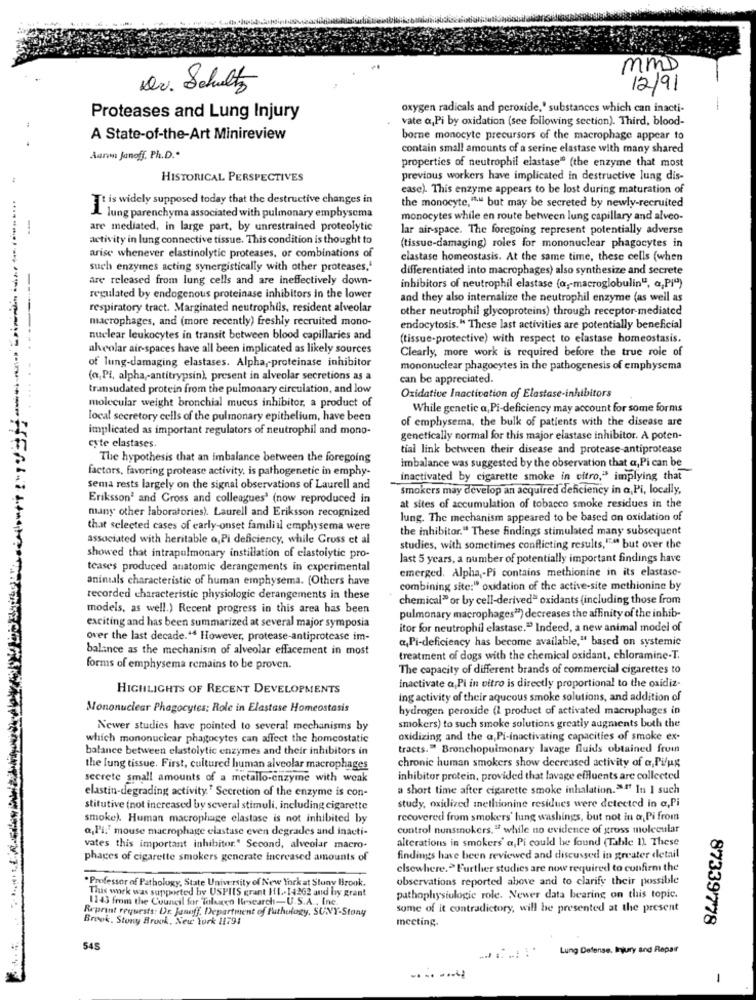
MmD
Dr. Schultz
12/91
-
oxygen radicals and peroxide,' substances which can inacti-
Proteases and Lung Injury
vate a,Pi by oxidation (see following section). Third, blood-
A State-of-the-Art Minireview
borne monocyte precursors of the macrophage appear to
contain small amounts of a serine elastase with many shared
Aaron Janoff, Ph.D."
properties of neutrophil elastase" (the enzyme that most
HISTORICAL PERSPECTIVES
previous workers have implicated in destructive lung dis-
ease). This enzyme appears to be lost during maturation of
Tt is widely supposed today that the destructive changes in
the monocyte,"." but may be secreted by newly-recruited
A lung parenchyma associated with pulmonary emphysema
monocytes while en route between lung capillary and alveo-
are mediated, in large part, by unrestrained proteolytic
lar air-space. The foregoing represent potentially adverse
activity in lung connective tissue. This condition is thought to
(tissue-damaging) roles for mononuclear phagocytes in
arise whenever elastinolytic proteases, or combinations of
elastase homeostasis. At the same time, these cells (when
such enzymes acting synergistically with other proteases,"
differentiated into macrophages) also synthesize and secrete
are released from lung cells and are ineffectively down-
inhibitors of neutrophil elastase (a, macroglobulin", a,PI")
regulated by endogenous proteinase inhibitors in the lower
and they also internalize the neutrophil enzyme (as well as
respiratory tract. Marginated neutrophils, resident alveolar
other neutrophil glycoproteins) through receptor-mediated
macrophages, and (more recently) freshly recruited mono-
endocytosis." These last activities are potentially beneficial
nuclear leukocytes in transit between blood capillaries and
(tissue-protective) with respect to elastase homeostasis.
alveolar air-spaces have all been implicated as likely sources
Clearly, more work is required before the true role of
of lung-damaging elastases. Alpha, proteinase inhibitor
mononuclear phagocytes in the pathogenesis of emphysema
(a, Pi, alpha-antitrypsin), present in alveolar secretions as a
can be appreciated.
transudated protein from the pulmonary circulation, and low
Oxidative Inactivation of Elastase-inhibitors
molecular weight bronchial mucus inhibitor, a product of
While genetic a, Pi-deficiency may account for some forms
local secretory cells of the pulmonary epithelium, have been
of emphysema, the bulk of patients with the disease are
implicated as important regulators of neutrophil and mono-
genetically normal for this major elastase inhibitor. A poten-
cyte elastases.
tial link between their disease and protease-antiprotease
The hypothesis that an imbalance between the foregoing
imbalance was suggested by the observation that a, Pi can be
factors, favoring protease activity, is pathogenetic in emphy-
inactivated by cigarette smoke in citro,"s implying that
sema rests largely on the signal observations of Laurell and
Smokers may develop an acquired deficiency in a,Pi, locally,
Erikssonª and Cross and colleagues' (now reproduced in
many other laboratories). Laurell and Eriksson recognized
at sites of accumulation of tobacco smoke residues in the
lung. The mechanism appeared to be based on oxidation of
that selected cases of early-onset familial emphysema were
the inhibitor." These findings stimulated many subsequent
associated with heritable a, Pi deficiency, while Gruss et al
studies, with sometimes conflicting results,"" but over the
showed that intrapulmonary instillation of elastolytic pro-
last 5 years, a number of potentially important findings have
teases produced anatomic derangements in experimental
anintals characteristic of human emphysema. (Others have
emerged. Alpha ,- Pi contains methionine in its elastase-
combining site:" oxidation of the active-site methionine by
recorded characteristic physiologic derangements in these
chemical" or by cell-derived" oxidants (including those from
models, as well.) Recent progress in this area has been
pulmonary macrophages") decreases the affinity of the inhib-
exciting and has been summarized at several major symposia
itor for neutrophil elastase." Indeed, a new animal model of
over the last decade.14 However, protease-antiprotease im-
«,Pi-deficiency has become available," based on systemic
balance as the mechanism of alveolar effacement in most
treatment of dogs with the chemical oxidant, chloramine-T.
forms of emphysema remains to be proven.
The capacity of different brands of commercial cigarettes to
HIGHLIGHTS OF RECENT DEVELOPMENTS
inactivate a,Pi in vitro is directly proportional to the oxidiz-
ing activity of their aqueous smoke solutions, and addition of
Mononuclear Phagocytes: Role in Elastase Homeostasis
hydrogen peroxide (1 product of activated macrophages in
Newer studies have pointed to several mechanisms by
smokers) to such smoke solutions greatly augments both the
which mononuclear phagocytes can affect the homeostatic
oxidizing and the a, Pi-inactivating capacities of smoke ex-
balance between elastolytic enzymes and their inhibitors in
tracts." Bronchopulmonary lavage fluids obtained from
chronic human smokers show decreased activity of a, Pifug
the lung tissue. First, cultured human alveolar macrophages
secrete small amounts of a metallo-enzyme with weak
inhibitor protein, provided that lavage effluents are collected
a short time after cigarette smoke inhalation."" In I such
elastin-degrading activity." Secretion of the enzyme is con-
stitutive (not increased by several stimuli, including cigarette
study, oxidized methionine residues were detected in a,Pi
smoke). Human macrophage elastase is not inhibited by
recovered from smokers' lung washings, but not in a Pi from
a,Pi." mouse macrophage elastase even degrades and inacti-
control nunsmokers." while no evidence of gross molecular
alterations in smokers' a, Pi could be found (Table 1). These
vates this important inhibitor." Second, alveolar macro-
phages of cigarette smokers generate increased amounts of
findings have been reviewed and discussed in greater detail
elsewhere.> Further studies are now required to confirm the
*Professor of Pathology, State University of New York at Stony Brook.
observations reported above and to clarify their possible
This work was supported by USPIS grant II .- 14262 and by grant
1143 from the Council for Tolvaco Irsearch-U.S.A ., Inc.
pathophysiologie role. Newer data bearing on this topic.
Reprint requests: Dr. Jenoff. Department of Pathology, SUNY-Stony
some of it contradictory, will be presented at the present
Brook. Stony Brook, New York 11791
meeting.
87339778
545
Lung Defense, Injury and Repair
.. .. ....
-